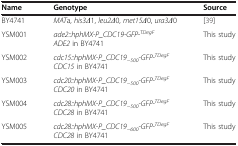
<table><thead><tr><td><b>Name</b></td><td><b>Genotype</b></td><td><b>Source</b></td></tr></thead><tbody><tr><td>BY4741</td><td><i>MAT</i>a, <i>his3Δ1</i>, <i>leu2Δ0</i>, <i>met15Δ0</i>, <i>ura3Δ0</i></td><td>[39]</td></tr><tr><td>YSM001</td><td><i>ade2::hphMX-P_CDC19-GFP-</i><sup><i>TDegF</i></sup><i>ADE2</i> in BY4741</td><td>This study</td></tr><tr><td>YSM002</td><td><i>cdc15::hphMX-P_CDC19</i><sub><i>-500</i></sub><i>-GFP-</i><sup><i>TDegF</i></sup><i>CDC15</i> in BY4741</td><td>This study</td></tr><tr><td>YSM003</td><td><i>cdc20::hphMX-P_CDC19</i><sub><i>-500</i></sub><i>-GFP-</i><sup><i>TDegF</i></sup><i>CDC20</i> in BY4741</td><td>This study</td></tr><tr><td>YSM004</td><td><i>cdc28::hphMX-P_CDC19</i><sub><i>-500</i></sub><i>-GFP-</i><sup><i>TDegF</i></sup><i>CDC28</i> in BY4741</td><td>This study</td></tr><tr><td>YSM005</td><td><i>cdc28::hphMX-P_CDC19</i><sub><i>-600</i></sub><i>-GFP-</i><sup><i>TDegF</i></sup><i>CDC28</i> in BY4741</td><td>This study</td></tr></tbody></table>